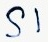
Text: S1